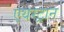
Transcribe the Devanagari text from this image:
एयरट्रान